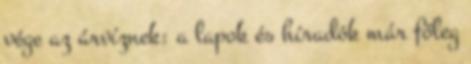
vége az árvíznek: a lapok és híradók már főleg